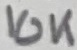
Text: 10K